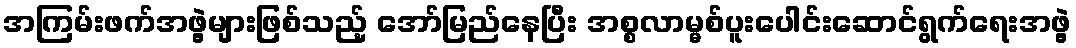
အကြမ်းဖက်အဖွဲ့များဖြစ်သည့် အော်မြည်နေပြီး အစ္စလာမ္မစ်ပူးပေါင်းဆောင်ရွက်ရေးအဖွဲ့